Scottish Certificate of Education, 1963
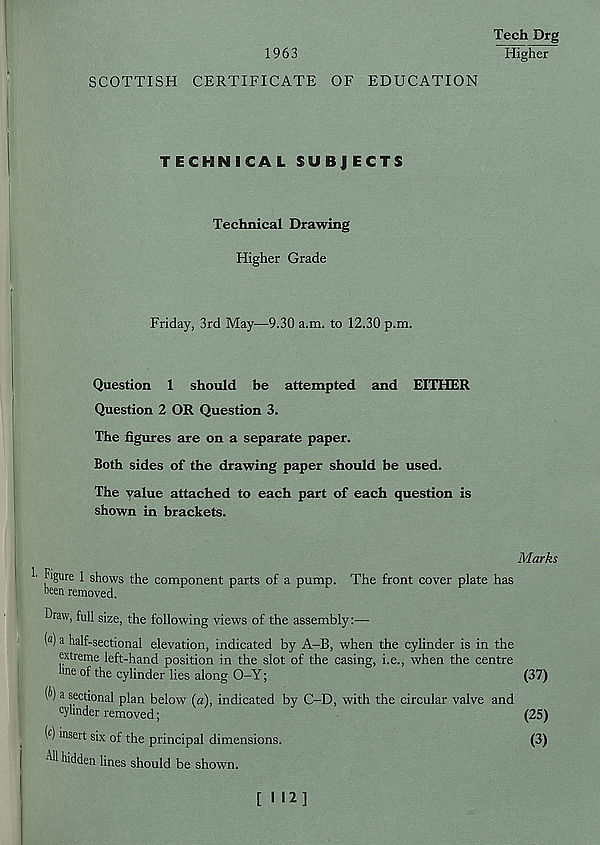
1963
Tech Drg
Higher
SCOTTISH CERTIFICATE OF EDUCATION
TECHNICAL SUBJECTS
Technical Drawing
Higher Grade
Friday, 3rd May—9.30 a.m. to 12.30 p.m.
Question 1 should be attempted and EITHER
Question 2 OR Question 3.
The figures are on a separate paper.
Both sides of the drawing paper should be used.
The value attached to each part of each question is
shown in brackets.
Marks
Figure 1 shows the component parts of a pump. The front cover plate has
been removed.
Draw, full size, the following views of the assembly:—
( a ) a half-sectional elevation, indicated by A-B, when the cylinder is in the
extreme left-hand position in the slot of the casing, i.e., when the centre
hue of the cylinder lies along O-Y;
(37)
(^) a sectional plan below (a), indicated by C-D, with the circular valve and
cylinder removed;
(25)
( c ) insert six of the principal dimensions.
(3)
-Fll hidden lines should be shown.
[ I !2]